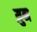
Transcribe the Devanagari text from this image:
य़ुन